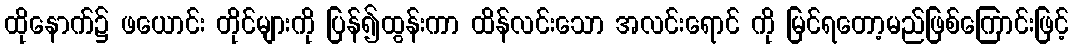
ထိုနောက်၌ ဖယောင်း တိုင်များကို ပြန်၍ထွန်းကာ ထိန်လင်းသော အလင်းရောင် ကို မြင်ရတော့မည်ဖြစ်ကြောင်းဖြင့်